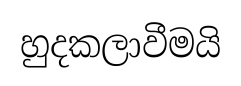
හුදකලාවීමයි